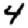
Digit: 4